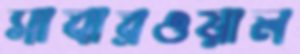
সাবারওয়াল